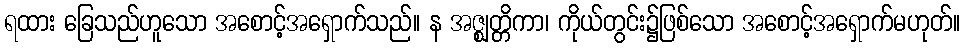
ရထား ခြေသည်ဟူသော အစောင့်အရှောက်သည်။ န အဇ္ဈတ္တိကာ၊ ကိုယ်တွင်း၌ဖြစ်သော အစောင့်အရှောက်မဟုတ်။